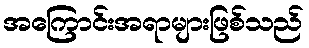
အကြောင်းအရာများဖြစ်သည်